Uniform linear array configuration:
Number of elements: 16
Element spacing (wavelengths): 0.5
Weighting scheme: binomial
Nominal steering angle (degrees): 60
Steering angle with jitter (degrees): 60.113
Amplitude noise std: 0.05
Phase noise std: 0.05

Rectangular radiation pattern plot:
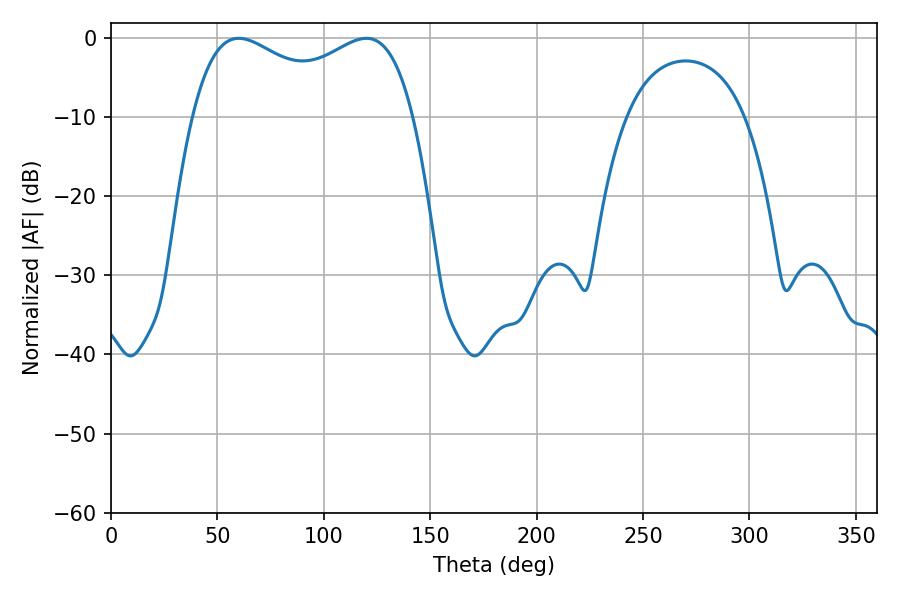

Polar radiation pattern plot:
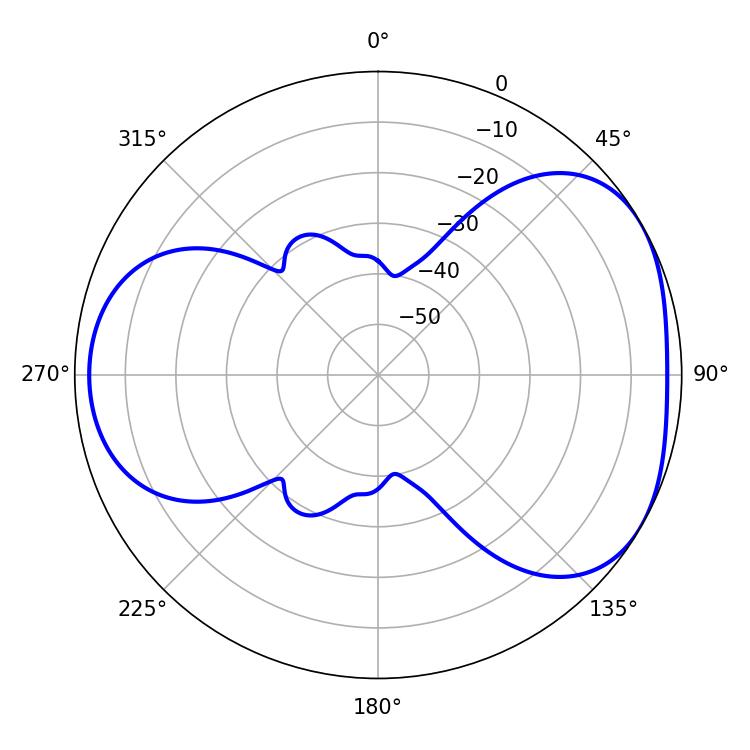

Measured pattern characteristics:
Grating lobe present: FALSE
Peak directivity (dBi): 4.309
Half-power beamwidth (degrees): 86.04
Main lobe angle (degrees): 59.94